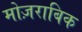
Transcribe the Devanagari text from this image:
मोज़राबिक